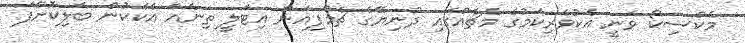
މެކްސިކޯ ވަނީ އެކުވެރިކަމުގެ މެޗެއްގައި ދުނިޔޭގެ ޗެމްޕިއަން އިޓަލީ ތިނެއް އެކަކުން ބަލިކޮށްފަ